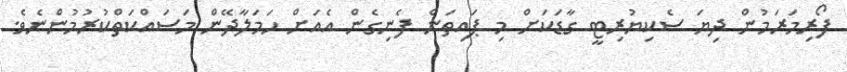
ފޯރިމަރަމުން ދިޔަ ސެކިޔުރިޓީ ގާޑަކަށް މި ޕައިތަން ފެނިގެން އެއަށް ހަމަލާދޭން މަސައްކަތްކުރުމުންނެވެ.